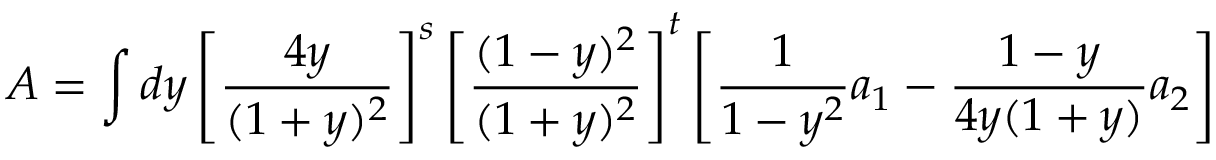
A = \int d y \left[ \frac { 4 y } { ( 1 + y ) ^ { 2 } } \right] ^ { s } \left[ \frac { ( 1 - y ) ^ { 2 } } { ( 1 + y ) ^ { 2 } } \right] ^ { t } \left[ \frac { 1 } { 1 - y ^ { 2 } } a _ { 1 } - \frac { 1 - y } { 4 y ( 1 + y ) } a _ { 2 } \right]